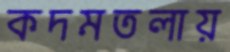
কদমতলায়